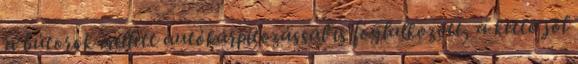
a bútorok mellett autókárpitozással is foglalkozott, a kettô jól